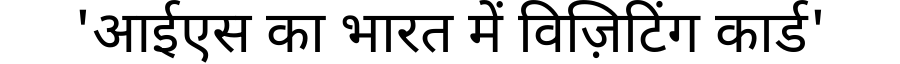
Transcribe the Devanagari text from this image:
'आईएस का भारत में विज़िटिंग कार्ड'